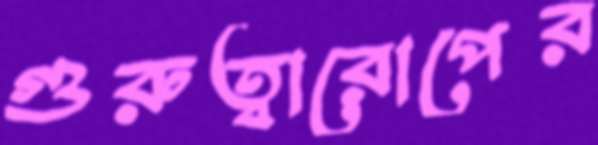
গুরুত্বারোপের